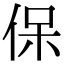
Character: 保